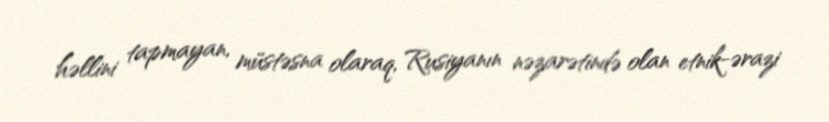
həllini tapmayan, müstəsna olaraq, Rusiyanın nəzarətində olan etnik-ərazi